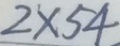
2 \times 5 4